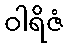
ဝါရိဇံ